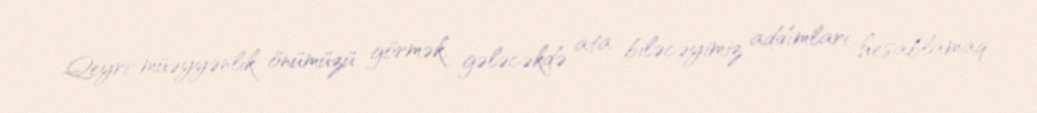
Qeyri-müəyyənlik önümüzü görmək, gələcəkdə ata biləcəyimiz addımları hesablamaq